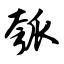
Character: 瓠